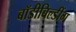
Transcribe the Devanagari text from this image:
बॉडीबिल्डींग